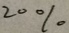
2 0 \%